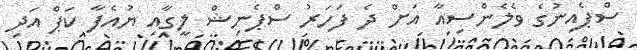
ސްޕެއިނުގެ ވެލެންސިއާ އަށް ދެ ފަހަރު ސްޕެނިޝް ލީގާއި ޔުއެފާ ކަޕް އަދި